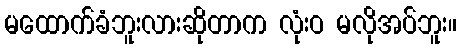
မထောက်ခံဘူးလားဆိုတာက လုံးဝ မလိုအပ်ဘူး။